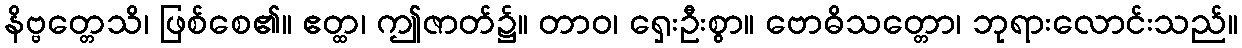
နိဗ္ဗတ္တေသိ၊ ဖြစ်စေ၏။ ဧတ္ထ၊ ဤဇာတ်၌။ တာဝ၊ ရှေးဦးစွာ။ ဗောဓိသတ္တော၊ ဘုရားလောင်းသည်။